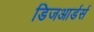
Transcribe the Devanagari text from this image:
डिजआर्डर्स